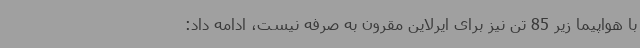
با هواپیما زیر 85 تن نیز برای ایرلاین مقرون به صرفه نیست، ادامه داد: